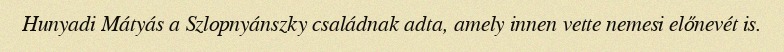
Hunyadi Mátyás a Szlopnyánszky családnak adta, amely innen vette nemesi előnevét is.